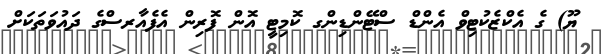
ޔޫ) ގެ އެކްޒެކުޓިވް އެންޑް ސްޓޭންޑިންގ ކޮމިޓީ އޮން ފޮރިން އެފެއާރސްގެ ދައުވަތަކަށް